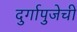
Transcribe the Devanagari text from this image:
दुर्गापुजेची